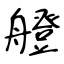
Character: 艠